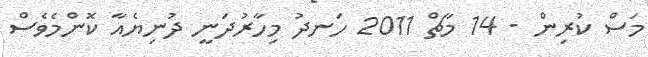
މަސް ކުރިން - 14 މާޗް 2011 ހަނދު މިހާރުދަނީ ދުނިޔެއާ ކޮންމެވެސް